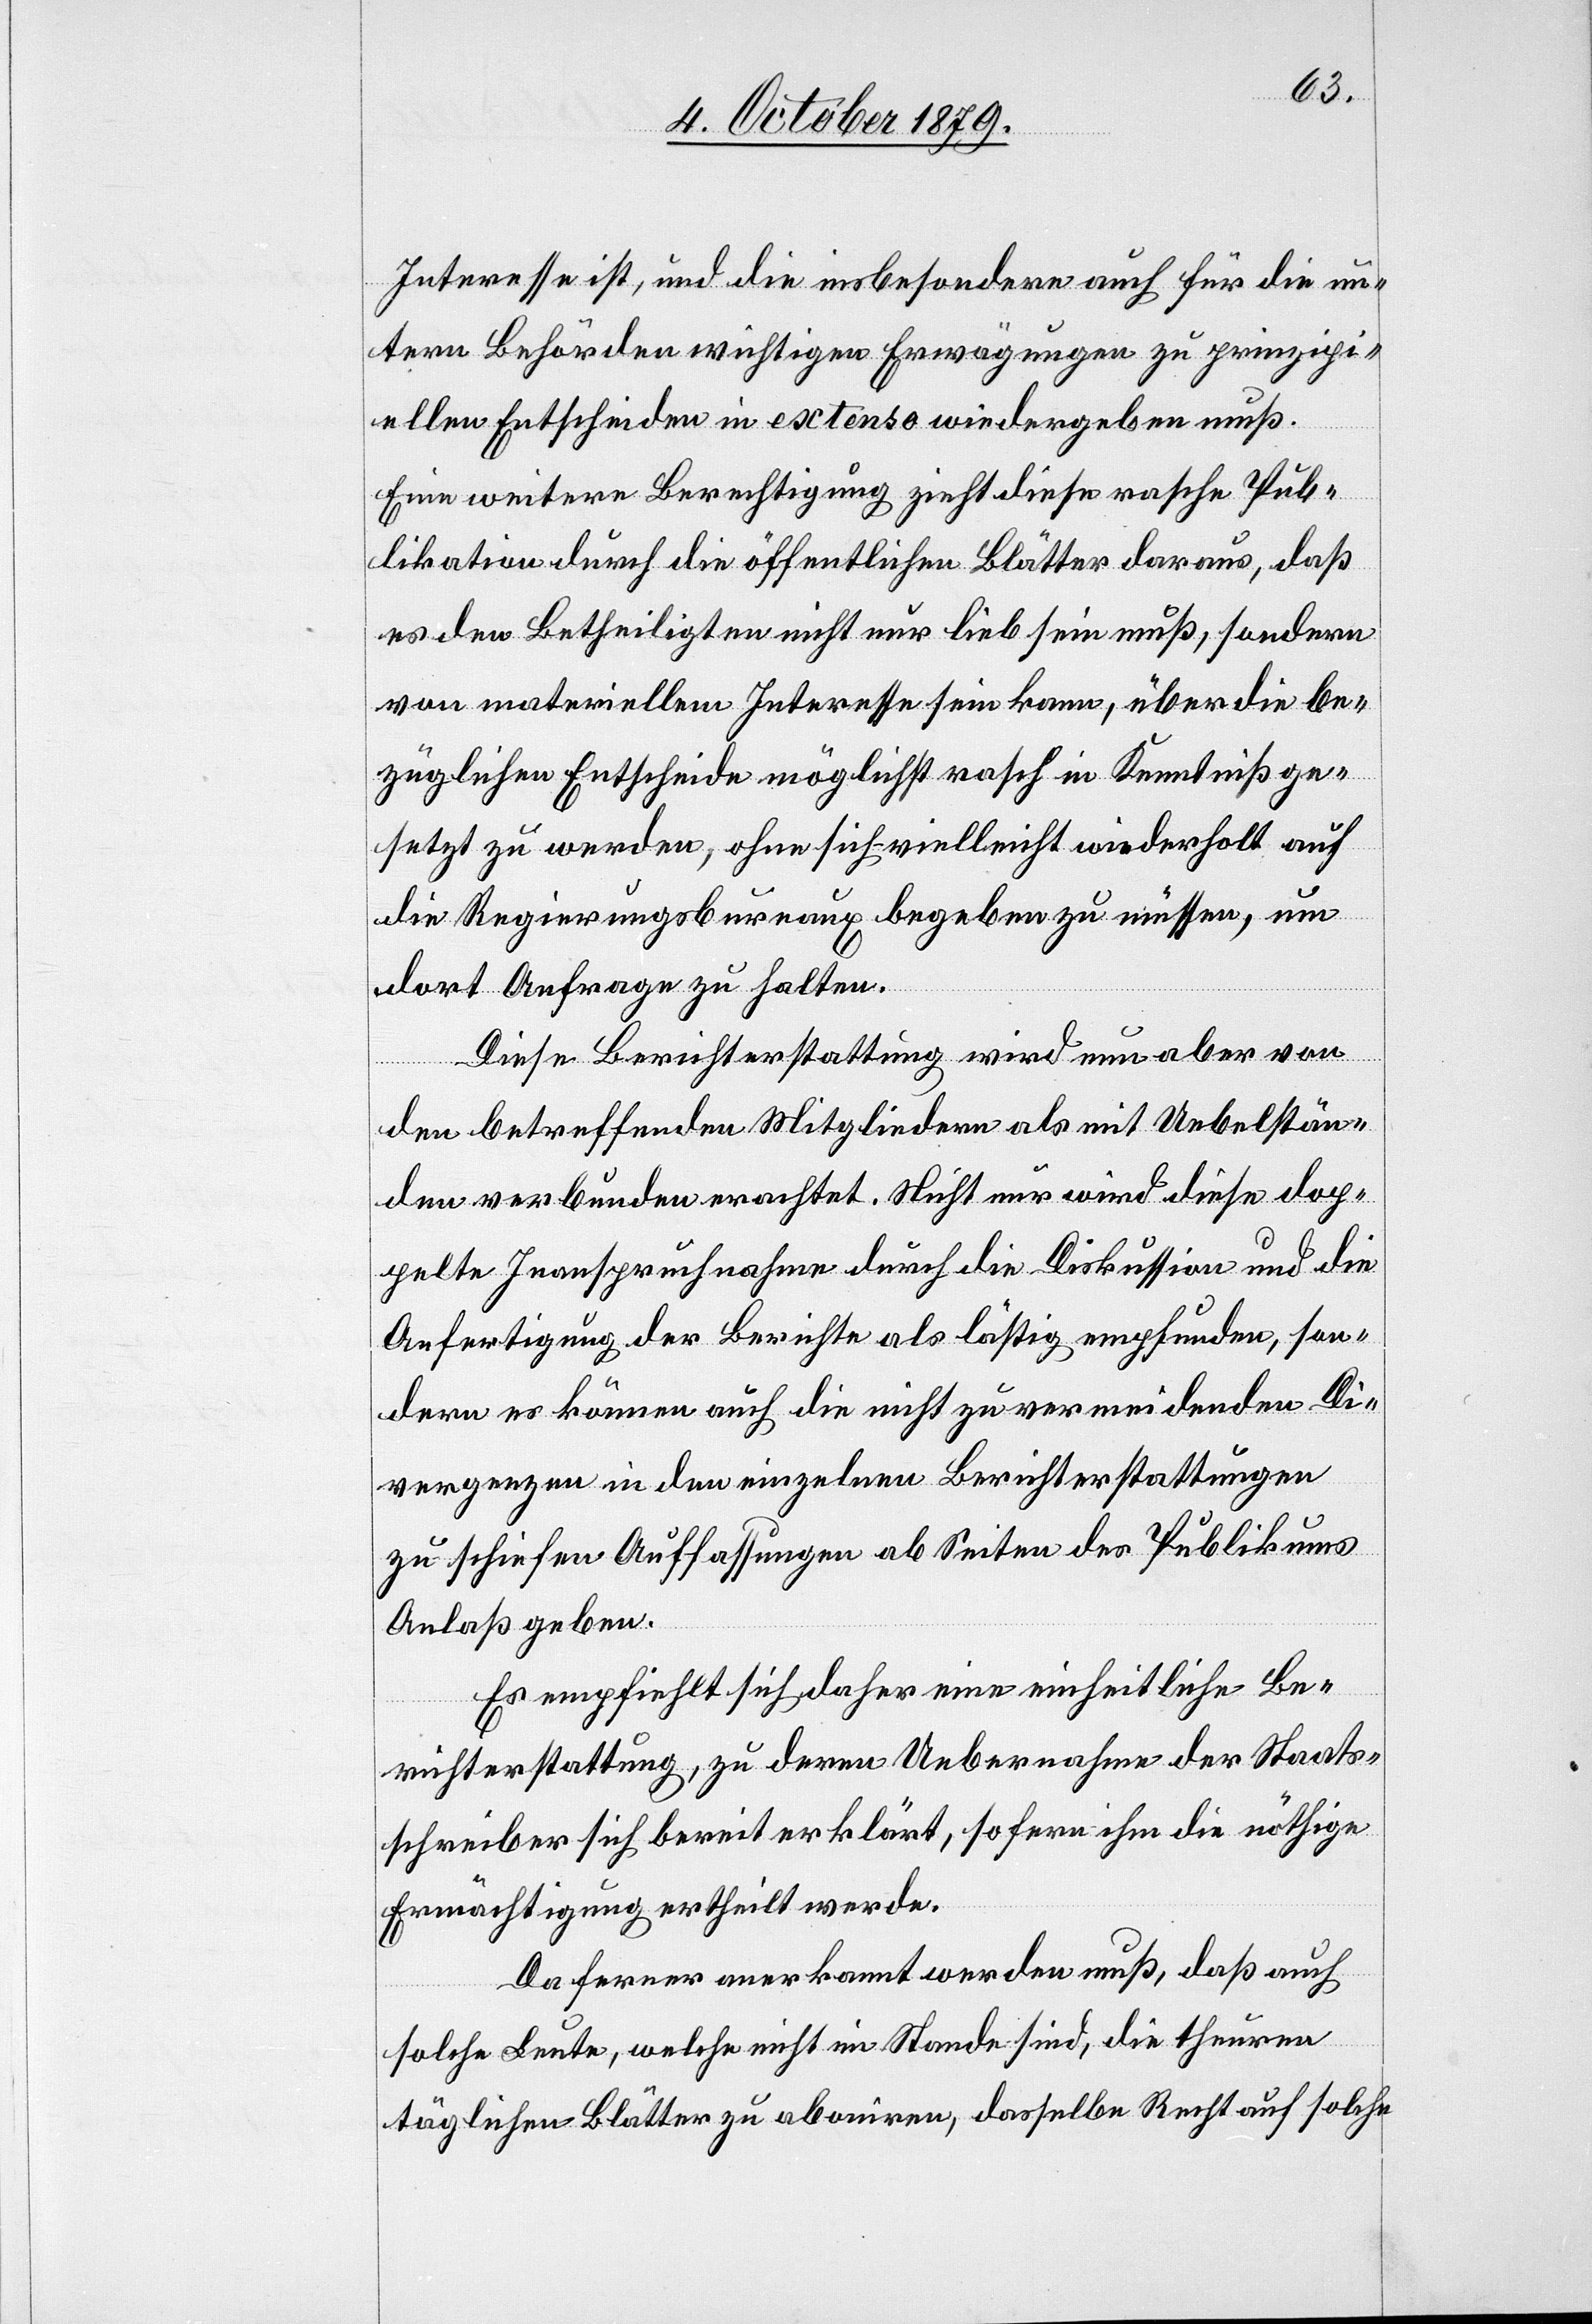
Interesse ist, und die insbesondere auch für die un¬
tern Behörden wichtigen Erwägungen zu prinzipi¬
ellen Entscheiden in extenso wiedergeben muß.
Eine weitere Berechtigung zieht diese rasche Pub¬
likation durch die öffentlichen Blätter daraus, daß
es den Betheiligten nicht nur lieb sein muß, sondern
von materiellem Interesse sein kann, über die be¬
züglichen Entscheide möglichst rasch in Kenntniß ge¬
setzt zu werden, ohne sich vielleicht wiederholt auf
die Regierungsbureaux begeben zu müssen, um
dort Anfragen zu halten.
Diese Berichterstattung wird nun aber von
den betreffenden Mitgliedern als mit Uebelstän¬
den verbundene erachtet. Nicht nur wird diese dop¬
pelte Inanspruchnahme durch die Diskussion und die
Anfertigung der Berichte als lästig empfunden, son¬
dern es können auch die nicht zu vermeidenden Di¬
vergenzen in den einzelnen Berichterstattungen
zu schiefen Auffassungen ab Seiten des Publikums
Anlass geben.
Es empfiehlt sich daher eine einheitliche Be¬
richterstattung, zu deren Uebernahme der Staats¬
schreiber sich bereit erklärt, so fern ihm die nöthige
Ermächtigung ertheilt werde.
Da ferner anerkannt werden muss, dass auch
solche Leute, welche nicht im Stande sind, die theuren
täglichen Blätter zu abonieren, dasselbe Recht auf solche